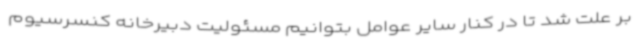
بر علت شد تا در کنار سایر عوامل بتوانیم مسئولیت دبیرخانه کنسرسیوم